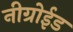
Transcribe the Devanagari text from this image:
नीग्रोईड